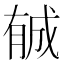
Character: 𣎉